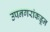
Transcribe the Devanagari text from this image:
उपनगरांकडून